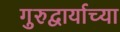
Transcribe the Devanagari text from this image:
गुरुद्वार्याच्या